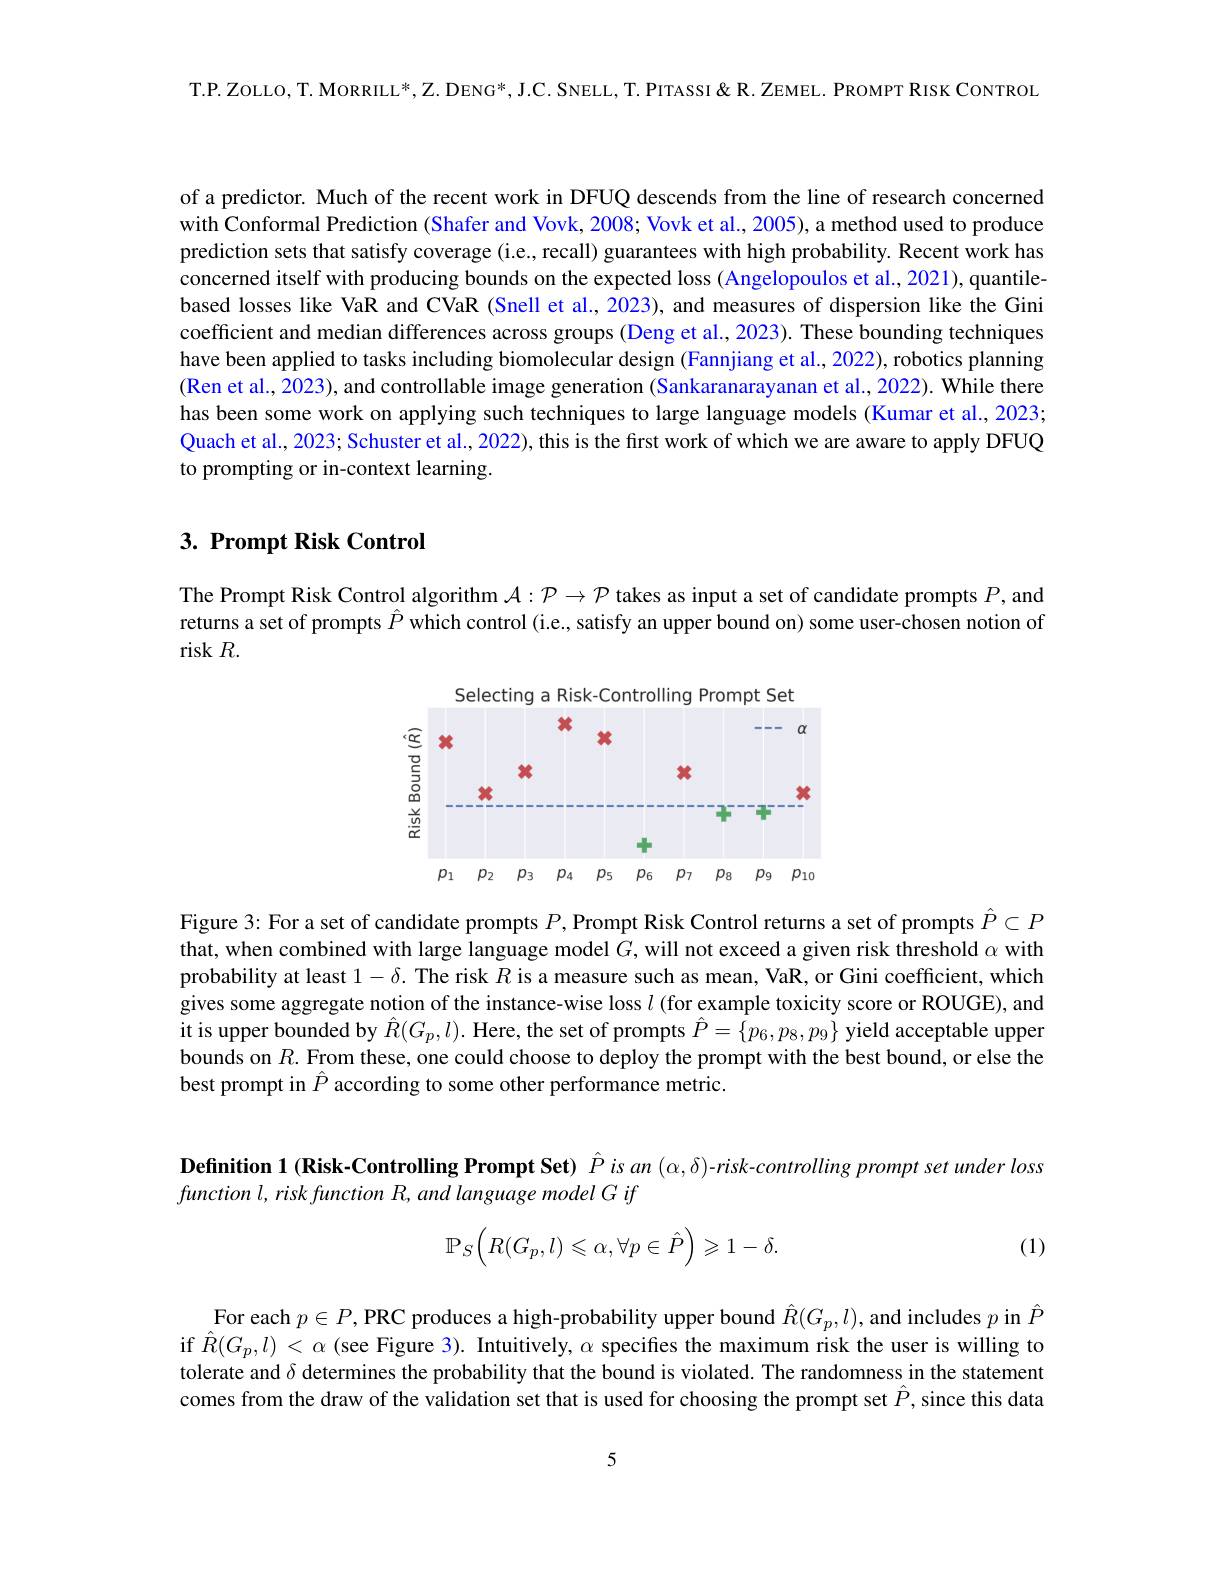
T.P.ZOLLO,T.MORRILL*,Z.DENG*,J.C.SNELL,T.PITASSI&R.ZEMEL.PROMPT RISK CONTROL

of a predictor. Much of the recent work in DFUQ descends from the line of research concerned with Conformal Prediction (Shafer and Vovk, 2008; Vovk et al., 2005), a method used to produce prediction sets that satisfy coverage (i.e., recall) guarantees with high probability. Recent work has concerned itself with producing bounds on the expected loss (Angelopoulos et al., 2021), quantilebased losses like VaR and CVaR (Snell et al., 2023), and measures of dispersion like the Gini coefficient and median differences across groups (Deng et al., 2023). These bounding techniques have been applied to tasks including biomolecular design (Fannjiang et al., 2022), robotics planning (Ren et al., 2023), and controllable image generation (Sankaranarayanan et al., 2022). While there has been some work on applying such techniques to large language models (Kumar et al., 2023; Quach et al., 2023; Schuster et al., 2022), this is the first work of which we are aware to apply DFUQ to prompting or in-context learning.

## $3. \textbf{ Prompt Risk Control}$

The Prompt Risk Control algorithm $\mathcal{A}:\mathcal{P}\to\mathcal{P}$ takes as input a set of candidate prompts $P$, and returns a set of prompts $\hat{P}$ which control (i.e., satisfy an upper bound on) some user-chosen notion of risk $R.$

<FigureHere>

Figure 3: For a set of candidate prompts $P$, Prompt Risk Control returns a set of prompts $\hat{P}\subset P$ that, when combined with large language model $G$, will not exceed a given risk threshold $\alpha$ with probability at least $1-\delta.$ The risk $R$ is a measure such as mean, VaR, or Gini coefficient, which gives some aggregate notion of the instance-wise loss $l$ (for example toxicity score or ROUGE), and it is upper bounded by $\hat{R}(G_p,l).$ Here, the set of prompts $\hat{P}=\{p_6,p_8,p_9\}$ yield acceptable upper bounds on $R.$ From these, one could choose to deploy the prompt with the best bound, or else the best prompt in $\hat{P}$ according to some other performance metric.

# Definition 1 (Risk-Controlling Prompt Set) $\hat{P}is$ an (α,δ)-risk-controlling prompt set under loss function $l$, risk function $R$, and language model $G$ $if$
$$\mathbb{P}_S\Big(R(G_p,l)\leqslant\alpha,\forall p\in\hat{P}\Big)\geqslant1-\delta.$$
(1)

For each $p\in P, \textbf{PRC produces a high- probability upper bound }\hat{R} ( G_p, l) $, and includes $p$ in $\hat{P}$ if $\hat{R}(G_p,l)<\alpha$ (see Figure 3). Intuitively, $\alpha$ specifes the maximum risk the user is willing to tolerate and $\delta$ determines the probability that the bound is violated. The randomness in the statement comes from the draw of the validation set that is used for choosing the prompt set $\hat{P}$,since this data

5